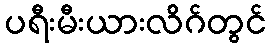
ပရီးမီးယားလိဂ်တွင်